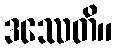
ဒဿေတိ။